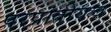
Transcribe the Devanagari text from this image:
परप्रांतीयच